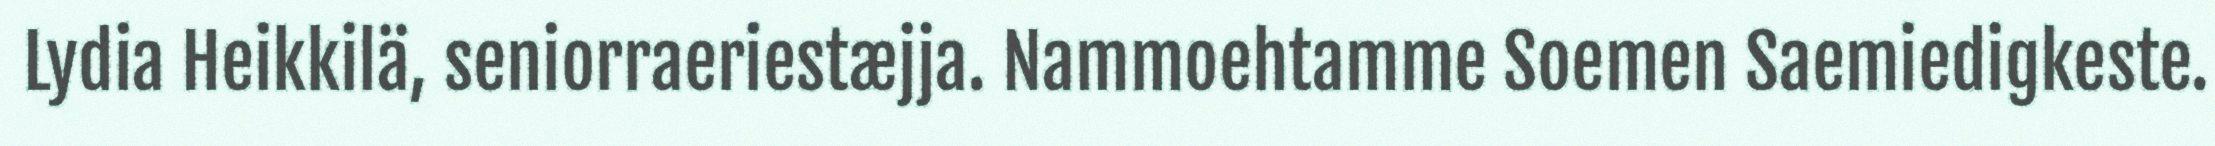
Lydia Heikkilä, seniorraeriestæjja. Nammoehtamme Soemen Saemiedigkeste.